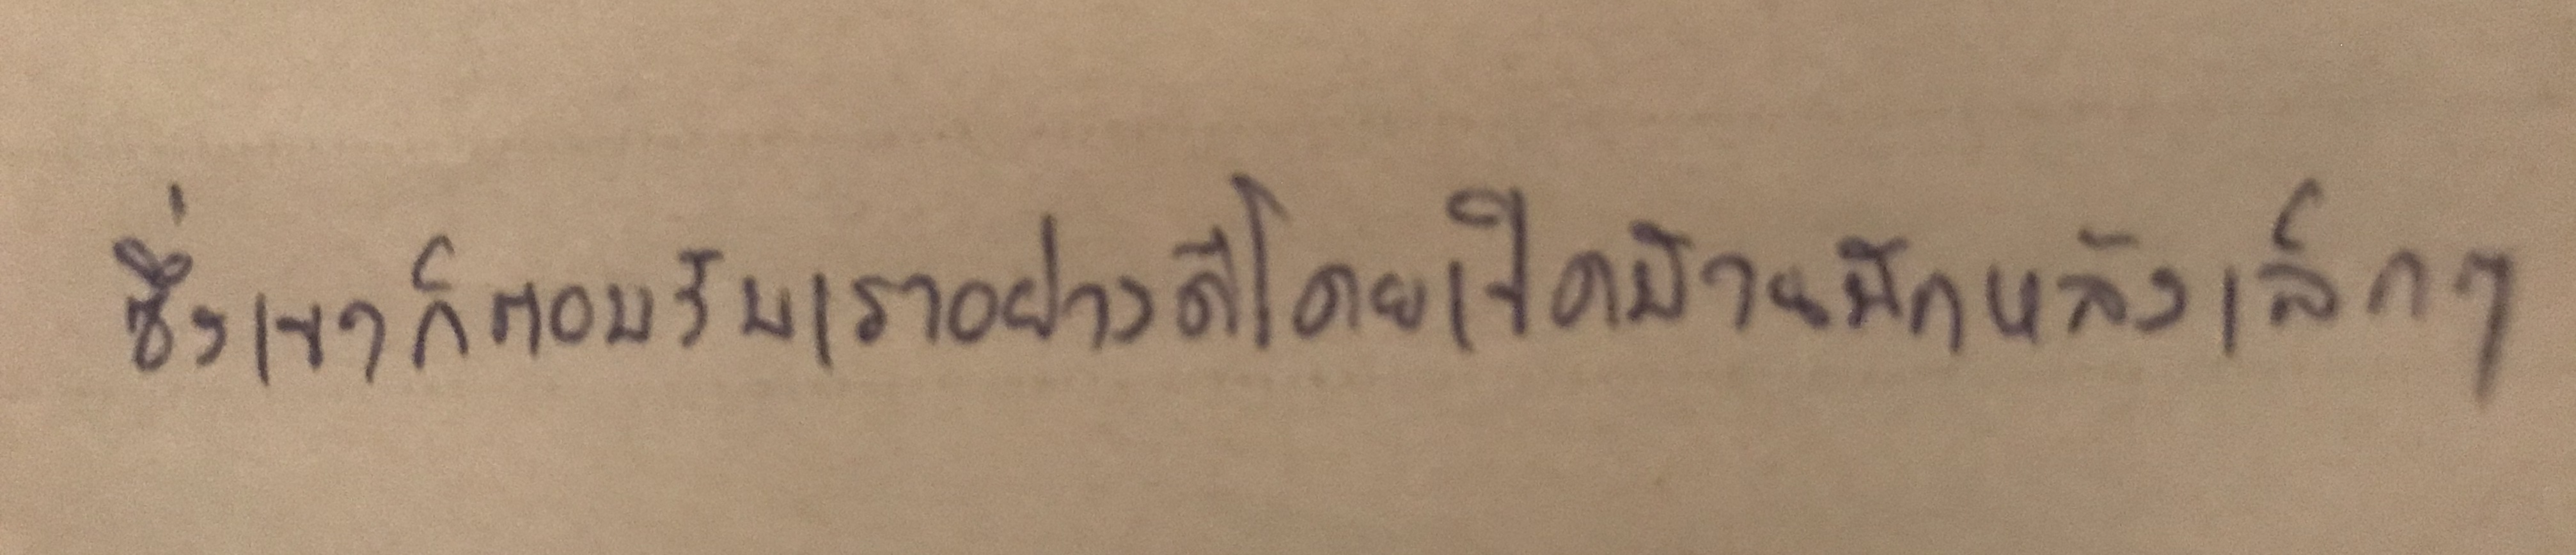
ซึ่งเขาก็ตอนรับเราอย่างดีโดยเปิดบ้านพักหลังเล็กๆ